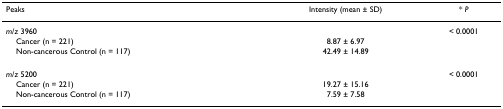
<table><thead><tr><td><b>Peaks</b></td><td><b>Intensity (mean ± SD)</b></td><td><b>* <i>P</i></b></td></tr></thead><tbody><tr><td><i>m</i>/<i>z </i>3960</td><td></td><td>&lt; 0.0001</td></tr><tr><td> Cancer (n = 221)</td><td>8.87 ± 6.97</td><td></td></tr><tr><td> Non-cancerous Control (n = 117)</td><td>42.49 ± 14.89</td><td></td></tr><tr><td><i>m</i>/<i>z </i>5200</td><td></td><td>&lt; 0.0001</td></tr><tr><td> Cancer (n = 221)</td><td>19.27 ± 15.16</td><td></td></tr><tr><td> Non-cancerous Control (n = 117)</td><td>7.59 ± 7.58</td><td></td></tr></tbody></table>